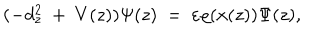
( - d _ { z } ^ { 2 } \ + \ V ( z ) ) \Psi ( z ) \ = \ \varepsilon \varrho ( x ( z ) ) \Psi ( z ) ,